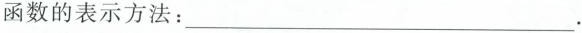
函数的表示方法：___.